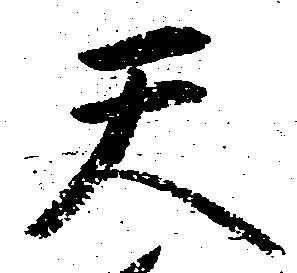
天